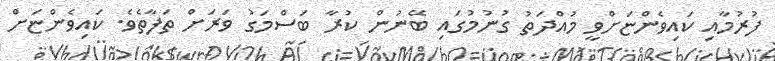
ފުރުމާއި ކައިވެންޏަށްވީ މުއްދަތު ގުނުމުގައި ބޭނުން ކުރާ ބަސްމަގު ވަރަށް ތަފާތެވެ. ކައިވެންޏަށް